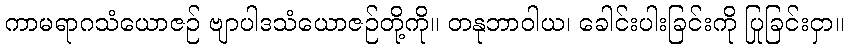
ကာမရာဂသံယောဇဉ် ဗျာပါဒသံယောဇဉ်တို့ကို။ တနုဘာဝါယ၊ ခေါင်းပါးခြင်းကို ပြုခြင်းငှာ။